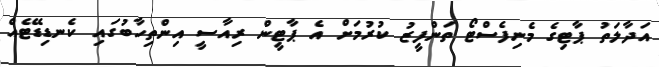
އަދާލަތު ޕާޓިގެ މެނިފެސްޓޯ ތަންފީޒު ކުރުމަށް އެ ޕާޓީން ރިއާސީ އިންތިހާބުގައި ކެނޑިޑޭޓެއް